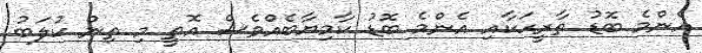
އެންމެ ބޮޑު ތާރީހަކާއި އެންމެ ބޮޑު ކާމިޔާބެއްވެސް އޮތީ މި ތިން ކުލަބު